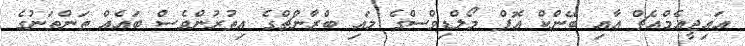
އައިޖީއެމްއެޗް އާއި ބޭންކް އޮފް މޯލްޑިވްސްގެ މައި ބްރާންޗްގެ އިތުރުންވެސް ބައެއް ތަންތަނުގެ